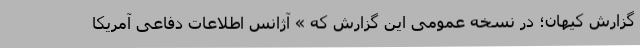
گزارش کیهان؛ در نسخه عمومی این گزارش که » آژانس اطلاعات دفاعی آمریکا